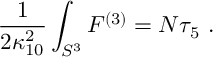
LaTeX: \frac 1 { 2 \kappa _ { 1 0 } ^ { 2 } } \int _ { S ^ { 3 } } F ^ { ( 3 ) } = N \tau _ { 5 } ~ .